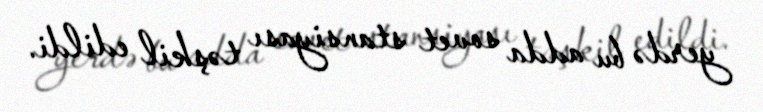
yerdə bu adda sovet stansiyası təşkil edildi.